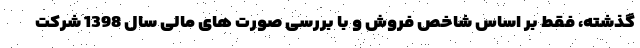
گذشته، فقط بر اساس شاخص فروش و با بررسی صورت های مالی سال 1398 شرکت